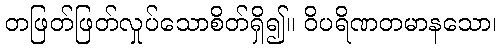
တဖြတ်ဖြတ်လှုပ်သောစိတ်ရှိ၍။ ဝိပရိဏတမာနသော၊